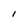
Character: I